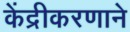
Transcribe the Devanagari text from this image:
केंद्रीकरणाने